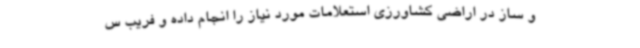
و ساز در اراضی کشاورزی استعلامات مورد نیاز را انجام داده و فریب س